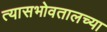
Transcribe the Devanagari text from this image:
त्यासभोवतालच्या